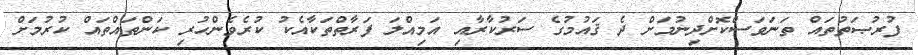
ފުރުޞަތުތައް ތަނަވަސްކޮށްދިނުމަށް ދެ ޤައުމުގެ ސަރުކާރާއި އަމިއްލަ ފަރާތްތަކާއެކު ކުރެވެންހުރި ކަންތައްތައް ކުރުމަށް